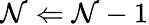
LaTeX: \mathcal{N}\Leftarrow\mathcal{N}-1